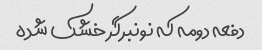
دفعه دومه که نونبرگر خشک شده